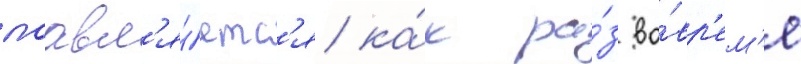
поавл'я́етс'я ка́к ра́з во́вр'ем'я